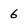
Character: 6